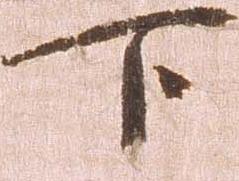
下